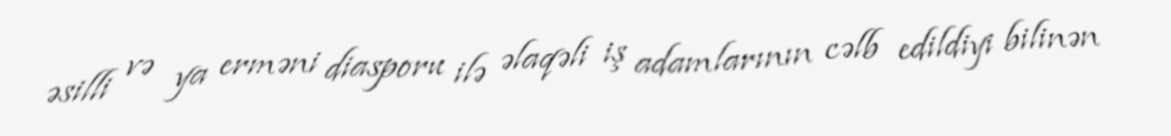
əsilli və ya erməni diasporu ilə əlaqəli iş adamlarının cəlb edildiyi bilinən